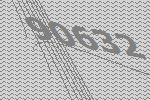
90632